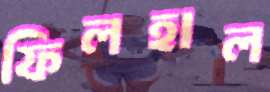
ফিলহাল